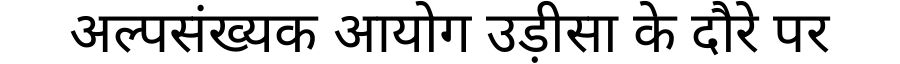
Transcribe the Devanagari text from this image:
अल्पसंख्यक आयोग उड़ीसा के दौरे पर